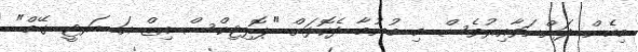
މިހެން ދަންނަވާއިރުވެސް މި ބުނުމާ ދެކޮޅަށް "ޕޮލިޓިކްސް އިޒް އަ ޑަރޓީ ގޭމް"